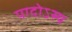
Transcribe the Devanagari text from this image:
पादोऽस्य